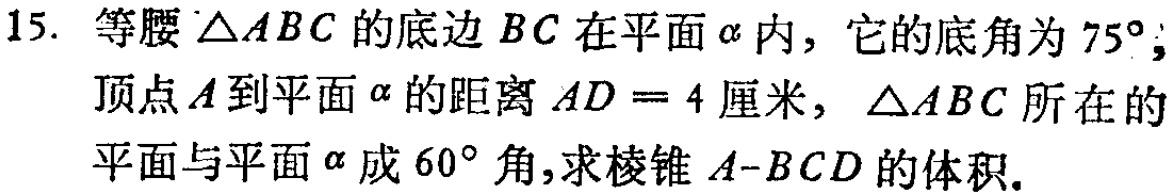
15. 等腰\(\triangle ABC\)的底边\(BC\)在平面\(\alpha\)内，它的底角为\(75^{\circ}\)，顶点\(A\)到平面\(\alpha\)的距离\(AD = 4\)厘米，\(\triangle ABC\)所在的平面与平面\(\alpha\)成\(60^{\circ}\)角，求棱锥\(A - BCD\)的体积。